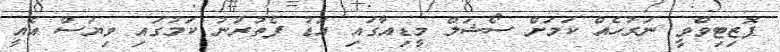
ޕޮޒިޓިވްވީ ނަރުހެއް ކަމަށް ސޯޝަލް މީޑިއާގައި އަޑު ފެތުރުނު ކަމުގައި ވިޔަސް އެއީ